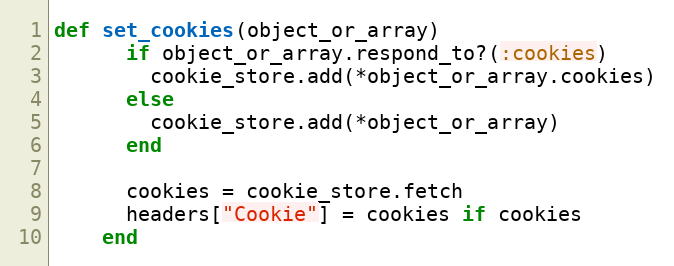
Language: Ruby
def set_cookies(object_or_array)
      if object_or_array.respond_to?(:cookies)
        cookie_store.add(*object_or_array.cookies)
      else
        cookie_store.add(*object_or_array)
      end

      cookies = cookie_store.fetch
      headers["Cookie"] = cookies if cookies
    end